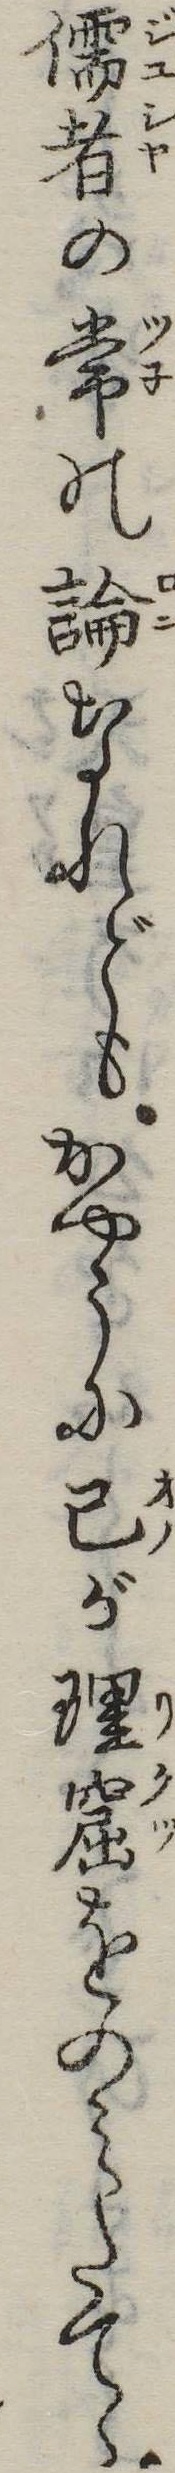
儒者の常の論なれどもかやうに己が理窟をのみたてゝ